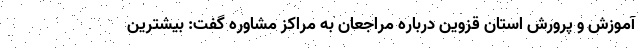
آموزش و پرورش استان قزوین درباره مراجعان به مراکز مشاوره گفت: بیشترین